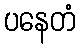
ပနေတံ